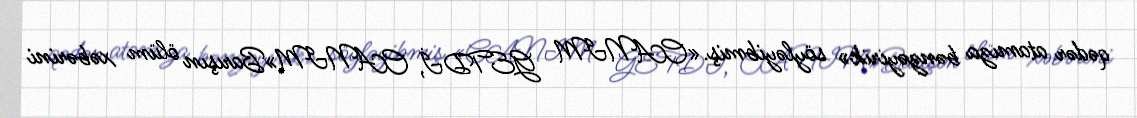
qədər atamıza bənzəyirik» söyləyibmiş.«CANIM GETDİ, CANIM»Barışın ölüm xəbərini